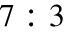
7 : 3